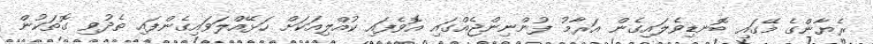
ރެޔާންގެ މޭގައި ބޮނޑިވެލައިގެން އަރާމު ފުންނިންޖެއްގައި އޮވެފައި ކުއްލިއަކަށް ހަޅޭއްލަވައިގެންފައި ތެދުވި ގޮތަކުން